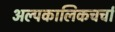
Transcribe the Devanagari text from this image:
अल्पकालिकचर्चा